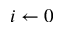
i \gets 0